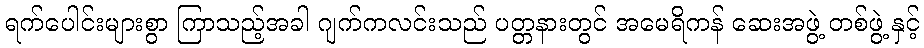
ရက်ပေါင်းများစွာ ကြာသည့်အခါ ဂျက်ကလင်းသည် ပတ္တနားတွင် အမေရိကန် ဆေးအဖွဲ့ တစ်ဖွဲ့ နှင့်